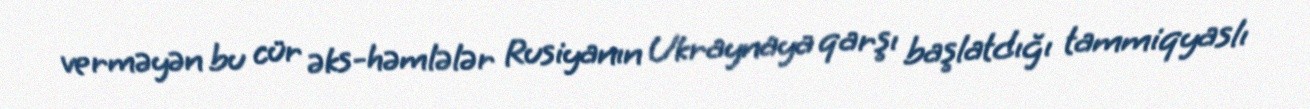
verməyən bu cür əks-həmlələr Rusiyanın Ukraynaya qarşı başlatdığı tammiqyaslı